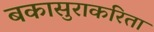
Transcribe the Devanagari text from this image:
बकासुराकरिता